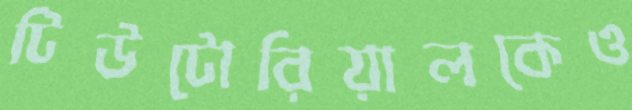
টিউটোরিয়ালকেও